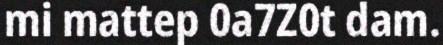
mi mattep 0a7Z0t dam.